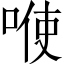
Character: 𭈓